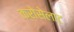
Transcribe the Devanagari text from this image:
क्रोसेलाट